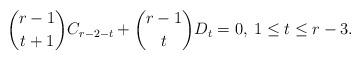
LaTeX: \begin{align*} \binom{r-1}{t+1}C_{r-2-t}+\binom{r-1}{t}D_t=0,\: 1\leq t\leq r-3. \end{align*}